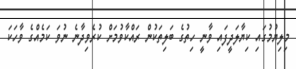
މިލިޔުމުގައި ކިޔާލަދީފައި ވާނީ ހިތުގެ ބަލިތަކުން ރައްކާވުމަށް ކުރެވިދާނެ ނުވަ ކަމެއްގެ ވާހަކަ